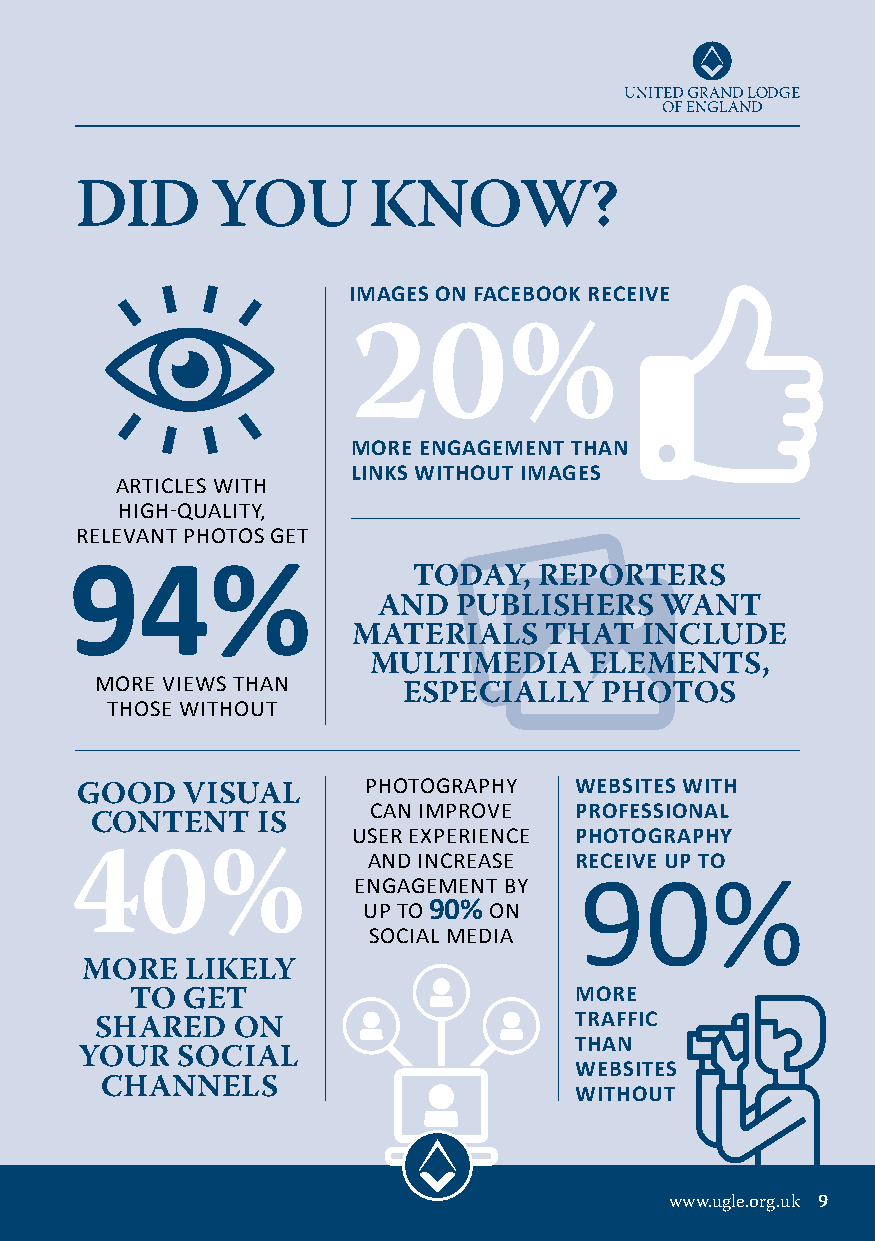
DID      YOU       KNOW?
 IMAGES ON FACEBOOK RECEIVE
 20%
 MORE ENGAGEMENT THAN
 LINKS WITHOUT IMAGES
 ARTICLES WITH
 HIGH-QUALITY,
 RELEVANT PHOTOS GET
 94%
 TODAY,   REPORTERS
 AND  PUBLISHERS    WANT
 MATERIALS    THAT   INCLUDE
 MULTIMEDIA     ELEMENTS,
 MORE VIEWS THAN
 ESPECIALLY   PHOTOS
 THOSE WITHOUT
 PHOTOGRAPHY   WEBSITES WITH
 GOOD   VISUAL
 CAN IMPROVE   PROFESSIONAL
 CONTENT    IS
 USER EXPERIENCE PHOTOGRAPHY
 AND INCREASE  RECEIVE UP TO
 40%               ENGAGEMENT BY  90%
 UP TO 90% ON
 SOCIAL MEDIA
 MORE   LIKELY
 MORE
 TO GET
 TRAFFIC
 SHARED   ON
 THAN
 YOUR   SOCIAL
 WEBSITES
 CHANNELS                       WITHOUT
 www.ugle.org.uk 9
 TAKING GOOD PHOTOS
 ISN’T ACTUALLY AS
 DIFFICULT AS SOME
 MAY THINK
 Shaun Butler, UGLE Communications
 Manager & FMT Editorial Manager